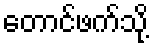
တောင်ဖက်သို့